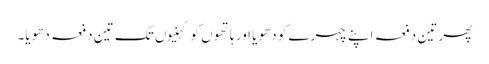
پھر تین دفعہ اپنے چہرے کو دھویا اور ہاتھوں کو کہنیوں تک تین دفعہ دھویا۔